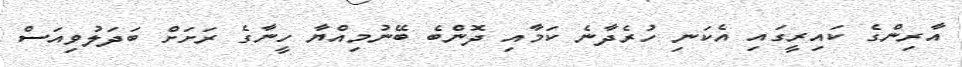
އާރިންގެ ކައިރީގައި އެކަނި ހުރެދާނެ ކަމާއި ދޮންބެ ބޭނުމިއްޔާ ހީނާގެ ރަށަށް ބަދަލުވިއަސް